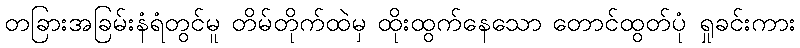
တခြားအခြမ်းနံရံတွင်မူ တိမ်တိုက်ထဲမှ ထိုးထွက်နေသော တောင်ထွတ်ပုံ ရှုခင်းကား